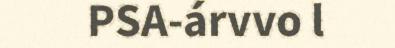
PSA-árvvo l